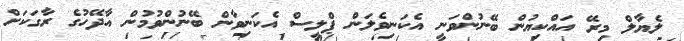
ލެޔާލް މިރޭ އައްކިޔުން ބޭނުންވަނީ އެކަނިވެލަން ޕްލީސް އެކަނިވާން ބޭނުންވުމުން އާދޭހުގެ ރާގަކަށް